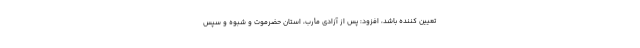
تعیین کننده باشد، افزود: پس از آزادی مأرب، استان حضرموت و شبوه و سپس